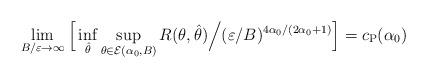
LaTeX: \begin{align*}\lim_{B/\varepsilon\to\infty}\Big{[}\inf_{\hat{\theta}}\sup_{\theta\in\mathcal{E}(\alpha_{0},B)}R(\theta,\hat{\theta})\Big{/} (\varepsilon /B)^{4\alpha_{0}/(2\alpha_{0}+1)}\Big{]}= c_{\mathrm{P}}(\alpha_{0})\end{align*}